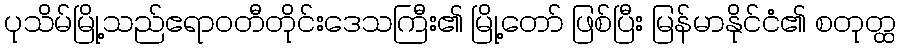
ပုသိမ်မြို့သည်ဧရာဝတီတိုင်းဒေသကြီး၏ မြို့တော် ဖြစ်ပြီး မြန်မာနိုင်ငံ၏ စတုတ္ထ